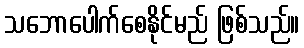
သဘောပေါက်စေနိုင်မည် ဖြစ်သည်။